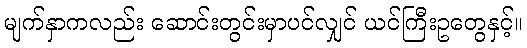
မျက်နှာကလည်း ဆောင်းတွင်းမှာပင်လျှင် ယင်ကြီးဥတွေနှင့်။